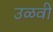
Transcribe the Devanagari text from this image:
उळवी